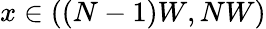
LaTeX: x\in((N-1)W,NW)